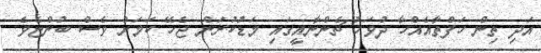
އަދި ތިން ހަފްތާއެއްހާ ދުވަހު ޗެންނާއީގައި މަޑުކުރަން ޖެހޭ ކަމަށް ވެސް ބުންޏެވެ.